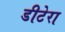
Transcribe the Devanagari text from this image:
डीटेरा